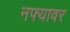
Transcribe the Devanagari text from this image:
नफ्यावर